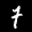
Label: 7